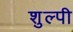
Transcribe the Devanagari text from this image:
शुल्पी